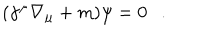
( \gamma ^ { \mu } \nabla _ { \mu } + m ) \psi = 0 .